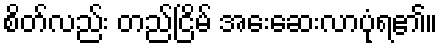
စိတ်လည်း တည်ငြိမ် အေးဆေးလာပုံရ၏။